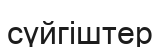
сүйгіштер